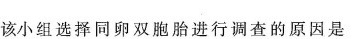
该小组选择同卵双胞胎进行调查的原因是